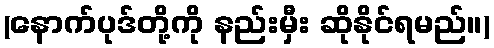
(နောက်ပုဒ်တို့ကို နည်းမှီး ဆိုနိုင်ရမည်။)